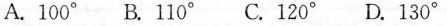
A. 100° B. 110° C. 120° D. 130°